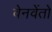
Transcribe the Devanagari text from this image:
वेनवेंतो